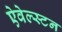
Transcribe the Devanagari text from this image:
ऐवेल्स्टन